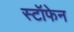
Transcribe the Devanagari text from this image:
स्टॉफेन